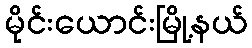
မိုင်းယောင်းမြို့နယ်